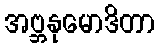
အဗ္ဘနုမောဒိတာ